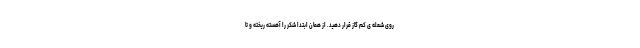
روی شعله ی کم گاز قرار دهید. از همان ابتدا شکر را آهسته ریخته و تا